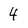
Character: 4